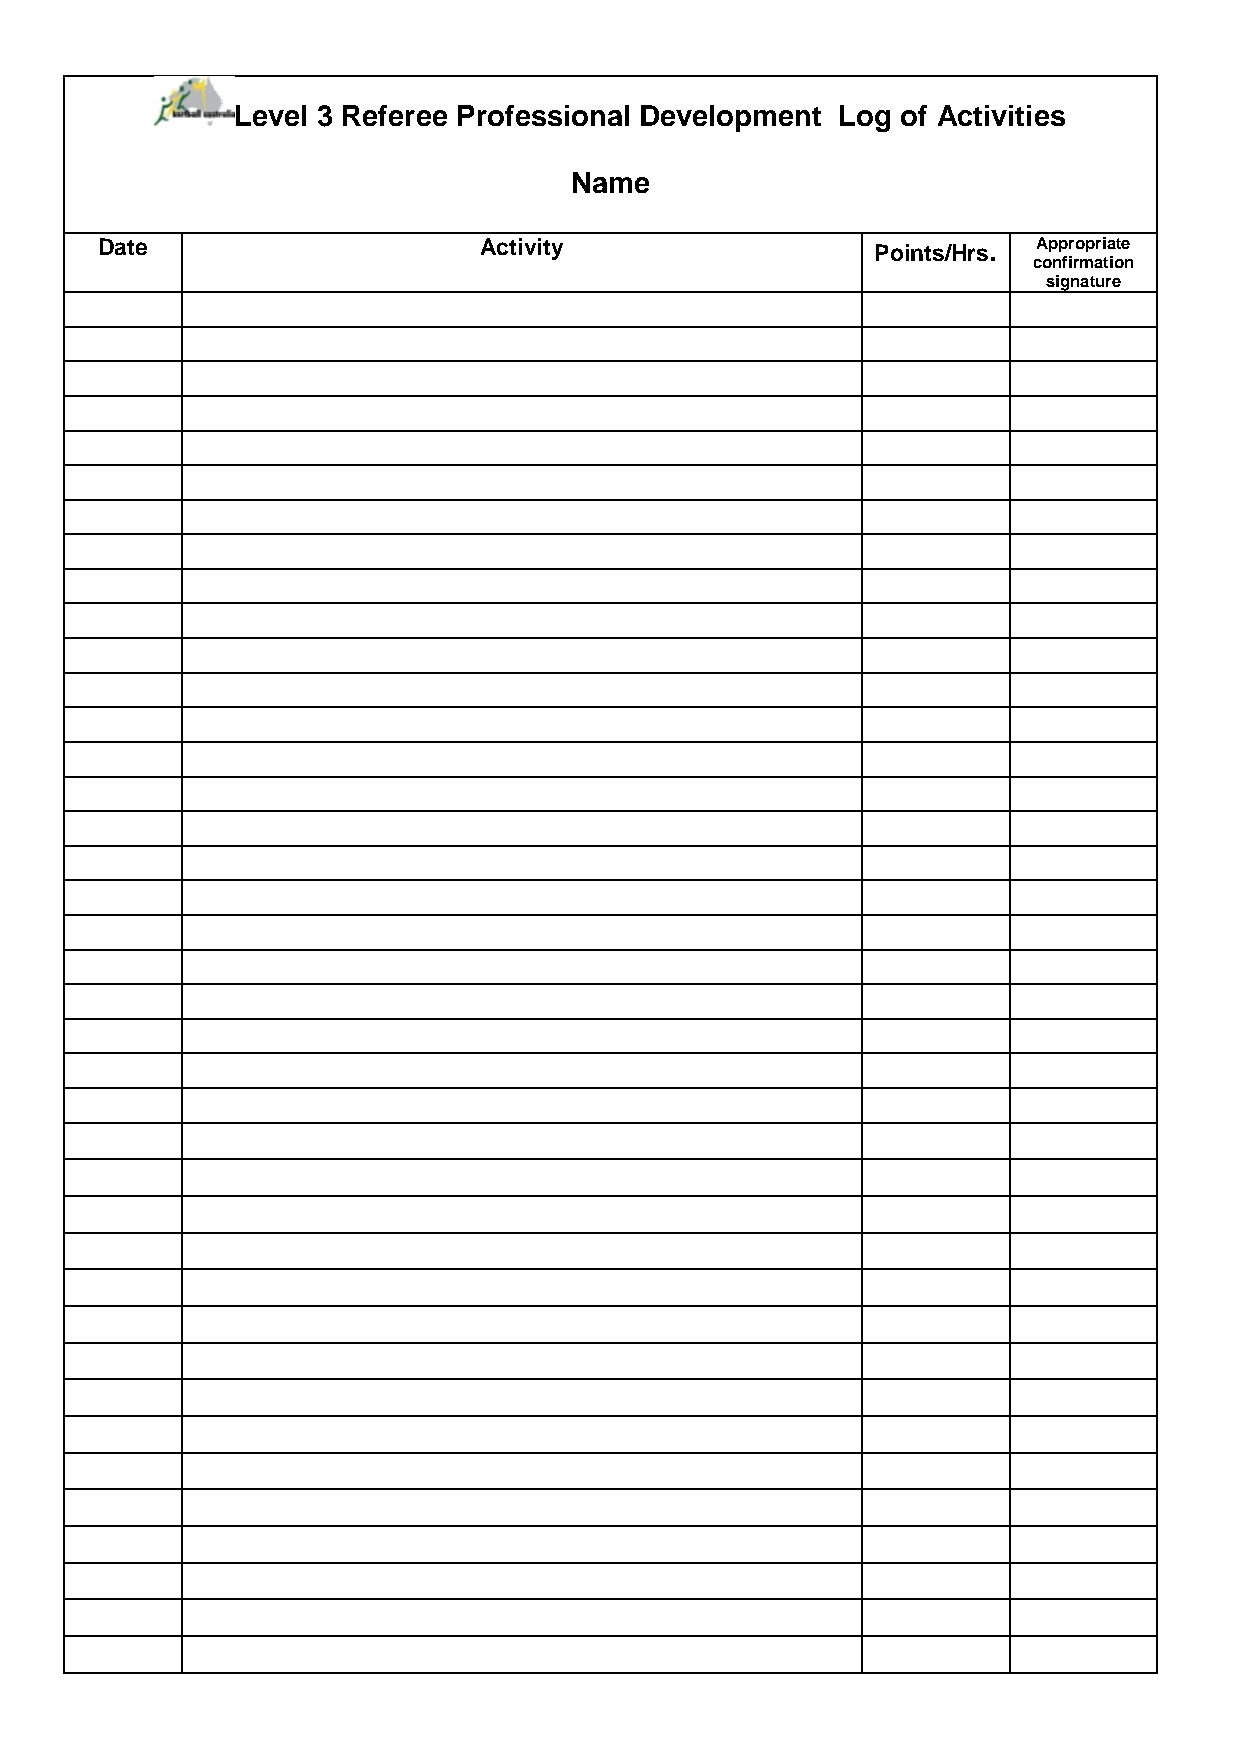
Level 3 Referee Professional Development Log of Activities
 Name
 Date                      Activity                  Points/Hrs. Appropriate
 confirmation
 signature